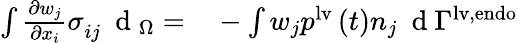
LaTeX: \begin{array}{rl}{\int\frac{\partial w_{j}}{\partial x_{i}}\sigma_{ij}^{\phantom{}}\ \mathrm{~d~}_{\Omega}=}&{{}-\int w_{j}p^{\mathrm{{lv}}}\left(t\right)n_{j}\ \mathrm{~d~}{\Gamma^{\mathrm{{lv,endo}}}}}\end{array}